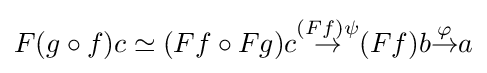
F(g\circ f)c\simeq (Ff\circ Fg)c{\overset {(Ff)\psi }{\to }}(Ff)b{\overset {\varphi }{\to }}a